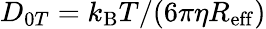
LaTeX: D_{0T}=k_{\mathrm{B}}T/(6\pi\eta R_{\mathrm{eff}})